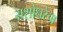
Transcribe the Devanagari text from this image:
यशोधरेचा